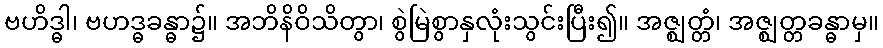
ဗဟိဒ္ဓါ၊ ဗဟဒ္ဓခန္ဓာ၌။ အဘိနိဝိသိတွာ၊ စွဲမြဲစွာနှလုံးသွင်းပြီး၍။ အဇ္ဈတ္တံ၊ အဇ္ဈတ္တခန္ဓာမှ။